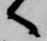
へ